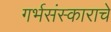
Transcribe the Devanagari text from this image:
गर्भसंस्काराचे